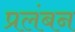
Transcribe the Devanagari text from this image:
प्रलंबन